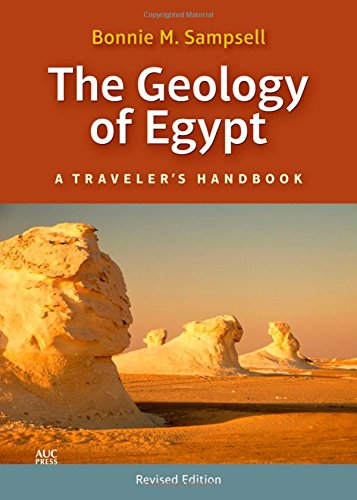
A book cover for The Geology of Egypt: A Traveler's Handbook; Bonnie M. Sampsell; Travel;